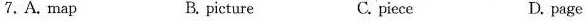
7.A. Map B. picture C. piece D. page